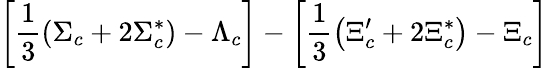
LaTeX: \left[\frac 13\left(\Sigma_{c}+2\Sigma_{c}^{*}\right)-\Lambda_{c}\right]-\left[\frac 13\left(\Xi_{c}^{\prime}+2\Xi_{c}^{*}\right)-\Xi_{c}\right]